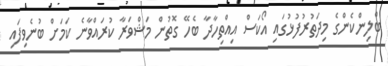
ބްލިންކެންގެ މިދަތުރުފުޅުގައި އޯކަސް އިއްތިހާދާ ބެހޭ ގޮތުން މަޝްވަރާ ކުރައްވާނެ ކަމަށް ބުނެވިފައި